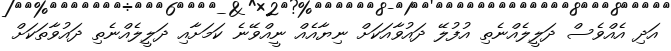
އަދި އެއްވެސް ދަލީލެއްނެތި އުފުލޭ ދައުވާއަކަށް ނިޔާއެއް ނީއްވޭނެ ކަމަށާއި ދަލީލެއްނެތި ދައުވާތަކަށް